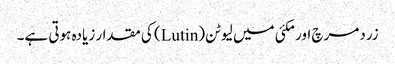
زردمرچ اور مکئی میں لیوٹن(Lutin) کی مقدار زیادہ ہوتی ہے۔